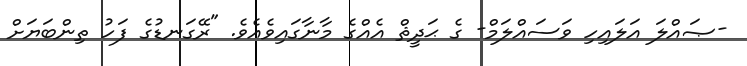
-ޞައްލަ އަލައިހި ވަސައްލަމް- ގެ ޙަދީޘް އެއްގެ މާނާގައިވެއެވެ. "ރޭގަނޑުގެ ފަހު ތިންބަޔަށް